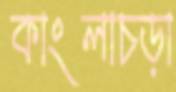
কাংলাচড়া